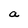
Character: a